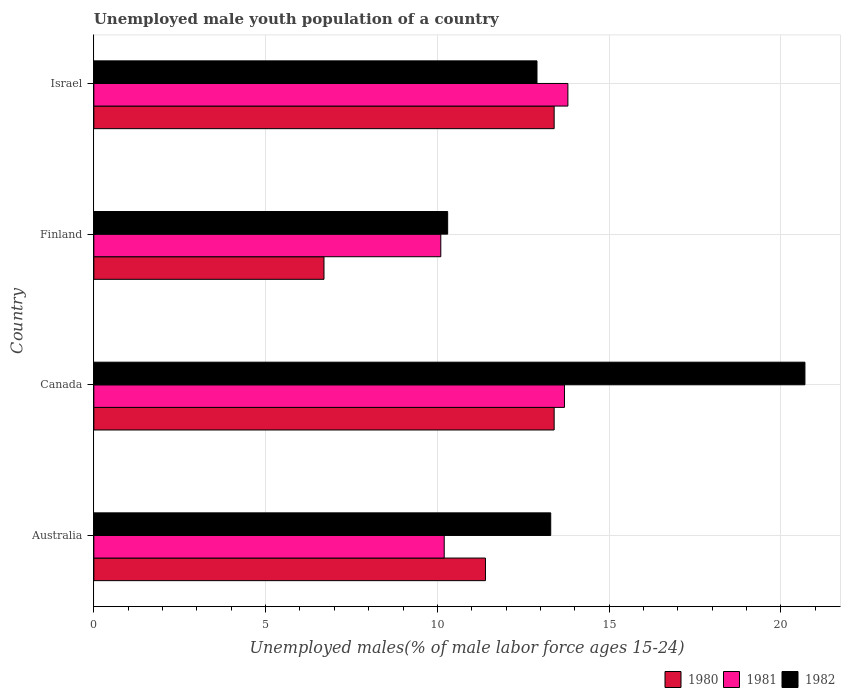
| Country | 1980 | 1981 | 1982 |
 | --- | --- | --- | --- |
 | Australia | 11.4 | 10.2 | 13.3 |
 | Canada | 13.4 | 13.7 | 20.7 |
 | Finland | 6.7 | 10.1 | 10.3 |
 | Israel | 13.4 | 13.8 | 12.9 |